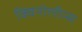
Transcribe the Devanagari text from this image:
क्विनोलीन्स